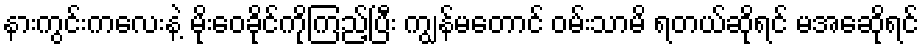
နားကွင်းကလေးနဲ့ မိုးဝေခိုင်ကိုကြည့်ပြီး ကျွန်မတောင် ဝမ်းသာမိ ရတယ်ဆိုရင် မအေဆိုရင်